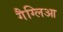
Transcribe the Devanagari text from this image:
गैग्लिआ